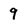
Character: 9